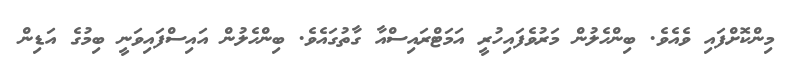
މިންކޮށްފައި ވެއެވެ. ބިންހެލުން މަރުވެފައިހުރީ އަމަޓްރައިސްއާ ގާތުގައެވެ. ބިންހެލުން އައިސްފައިވަނީ ބިމުގެ އަޑިން